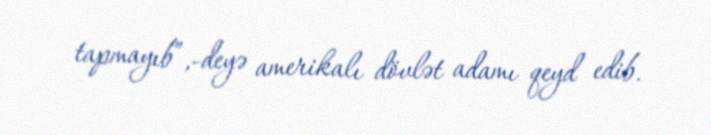
tapmayıb”,-deyə amerikalı dövlət adamı qeyd edib.